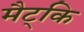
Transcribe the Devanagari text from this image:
मैट्कि